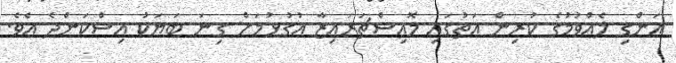
އަންގި ލެއްވުމުގެ ކުރިން އަތުގައި މޮއިސްޗަރައިޒާ އުގުޅުމަށް ގިނަ ބަޔަކު އިސްކަންދެ އެވެ.